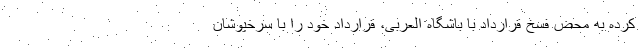
کرده به محض فسخ قرارداد با باشگاه العربی، قرارداد خود را با سرخپوشان